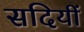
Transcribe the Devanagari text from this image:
सदियीं